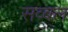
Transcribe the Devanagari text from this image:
सव्बल